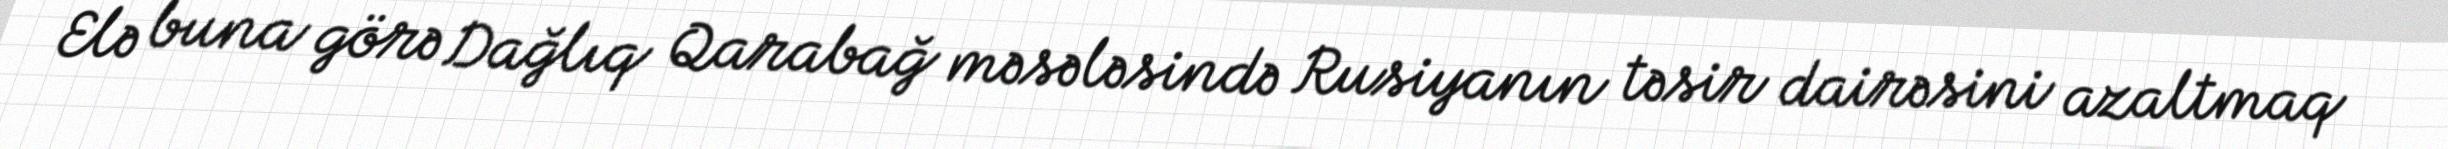
Elə buna görə Dağlıq Qarabağ məsələsində Rusiyanın təsir dairəsini azaltmaq